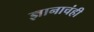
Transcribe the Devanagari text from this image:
ज्ञानाचंही